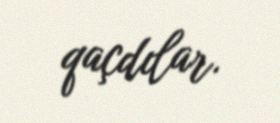
qaçdılar.